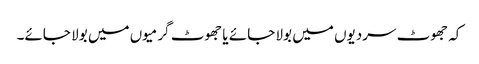
کہ جھوٹ سردیوں میں بولا جائے یا جھوٹ گرمیوں میں بولا جائے۔